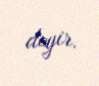
deyir.